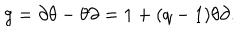
g = \partial \theta - \theta \partial = 1 + ( q - 1 ) \theta \partial .